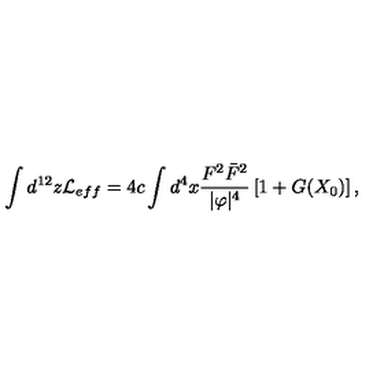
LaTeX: \int d ^ { 1 2 } z { \cal L } _ { e f f } = 4 c \int d ^ { 4 } x \frac { F ^ { 2 } \bar { F } ^ { 2 } } { | \varphi | ^ { 4 } } \left[ 1 + G ( X _ { 0 } ) \right] ,